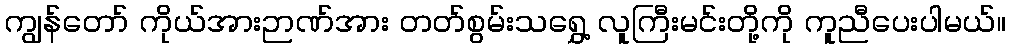
ကျွန်တော် ကိုယ်အားဉာဏ်အား တတ်စွမ်းသရွှေ့ လူကြီးမင်းတို့ကို ကူညီပေးပါမယ်။